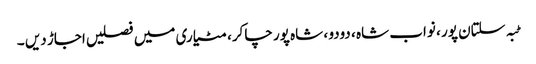
ٹبہ سلتان پور ، نواب شاہ ، دودو ، شاہ پور چاکر، مٹیاری میں فصلیں اجاڑ دیں ۔